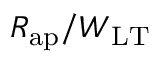
R _ { \mathrm { a p } } / W _ { \mathrm { L T } }